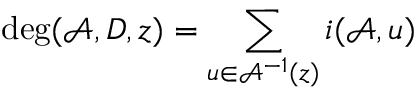
\deg ( \mathcal { A } , D , z ) = \sum _ { u \in \mathcal { A } ^ { - 1 } ( z ) } i ( \mathcal { A } , u )